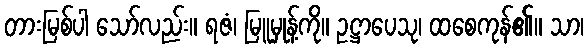
တားမြစ်ပါ သော်လည်း။ ရဇံ၊ မြူမှုန့်ကို။ ဥဋ္ဌာပေသု၊ ထစေကုန်၏။ သာ၊